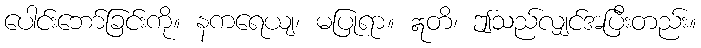
ပေါင်းဘော်ခြင်းကို။ နကရေယျ၊ မပြုရာ။ ဣတိ၊ ဤသည်လျှင်အပြီးတည်း။